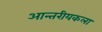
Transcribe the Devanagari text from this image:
आन्तरीयकला